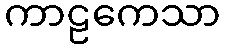
ကာဠကေသာ